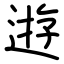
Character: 逰